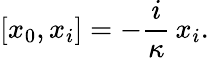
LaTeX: [x_{0},x_{i}]=-\frac{i}\kappa\, x_{i}.